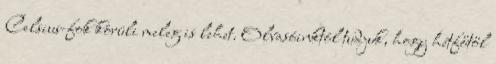
Celsius-fok körüli meleg is lehet. Olvasóinktól tudjuk, hogy hétfőtől